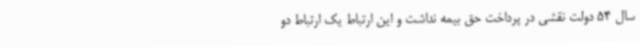
سال 54 دولت نقشی در پرداخت حق بیمه نداشت و این ارتباط یک ارتباط دو